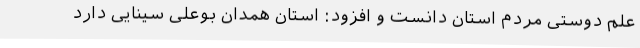
علم دوستی مردم استان دانست و افزود: استان همدان بوعلی سینایی دارد